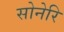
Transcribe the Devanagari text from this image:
सोनेरि